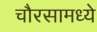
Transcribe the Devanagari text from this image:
चौरसामध्ये